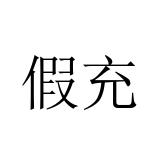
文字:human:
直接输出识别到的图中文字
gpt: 假充